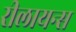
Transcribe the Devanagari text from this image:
रीलायन्स